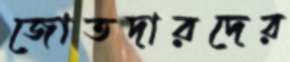
জোতদারদের